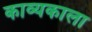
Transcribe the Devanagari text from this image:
काव्यकाला